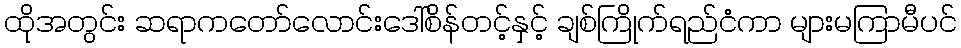
ထိုအတွင်း ဆရာကတော်လောင်းဒေါ်စိန်တင့်နှင့် ချစ်ကြိုက်ရည်ငံကာ များမကြာမီပင်